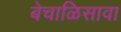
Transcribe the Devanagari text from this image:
बेचाळिसावा